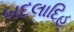
બદલાદિહ